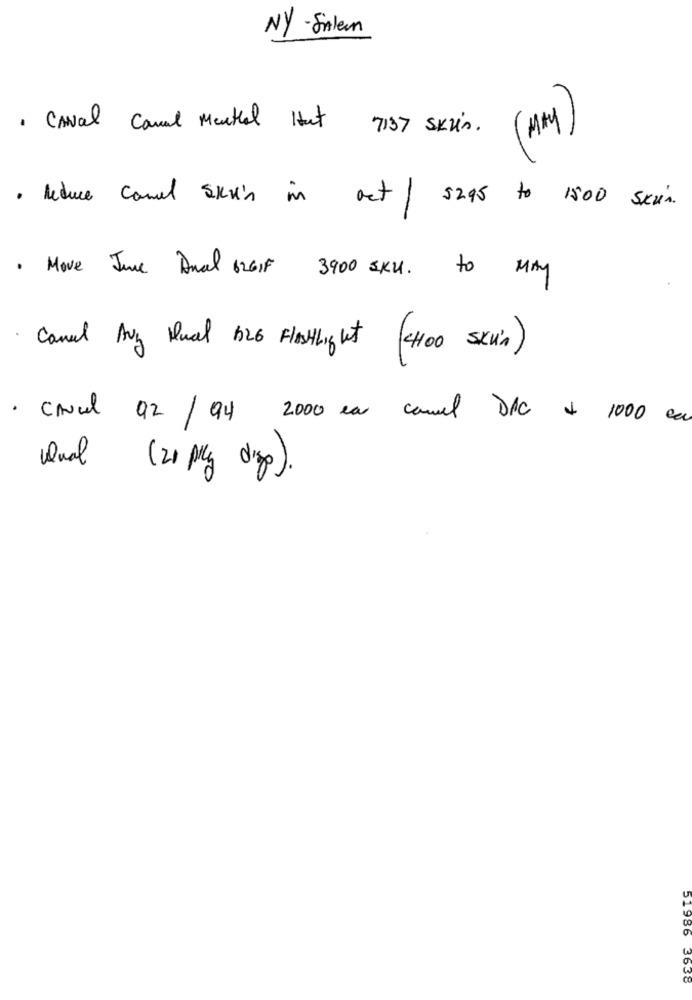
NY - Sintern
( MAY )
· CANal Canal Menthal Hat 7137 Skris.
· Reduce Camel Skin in oct / 5295 to 1500 skin.
· Move June Anal 626,5 3900 SKU. to MAY
Camel Avy Qual B26 Flestlight ( 400 sxM'A )
· Cavel 92/ 94 2000 ea canal DIC + 1000 ce
Qual (20 ply drop ).
51986
3638